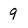
Character: 9